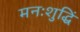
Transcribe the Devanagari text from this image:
मनःशुद्धिं